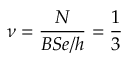
\nu = \frac { N } { B S e / h } = \frac { 1 } { 3 }